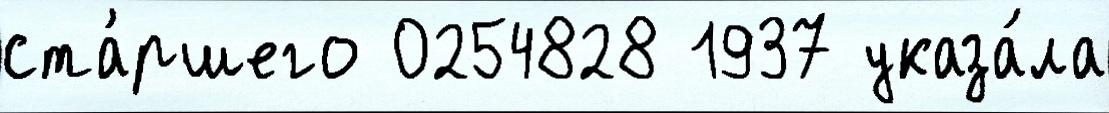
ста́ршего 0254828 1937 указа́ла